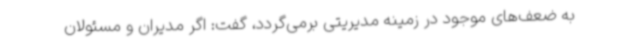
به ضعف‌های موجود در زمینه مدیریتی برمی‌گردد، گفت: اگر مدیران و مسئولان